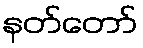
နတ်တော်